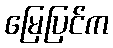
မြေပြင်က